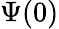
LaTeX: \Psi(0)